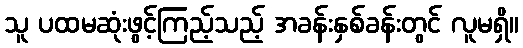
သူ ပထမဆုံးဖွင့်ကြည့်သည့် အခန်းနှစ်ခန်းတွင် လူမရှိ။